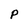
Character: P